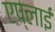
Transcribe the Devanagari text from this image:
एप्लाई